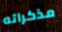
مذكراته